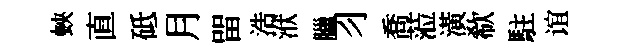
蛺直砥月㽞浩洑臘习喬蒞潢欷駐谊